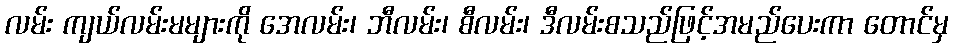
လမ်း ကျယ်လမ်းမများကို အေလမ်း၊ ဘီလမ်း၊ စီလမ်း၊ ဒီလမ်းစသည်ဖြင့်အမည်ပေးကာ တောင်မှ